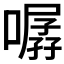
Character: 𱔯